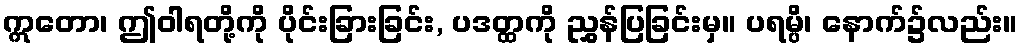
ဣတော၊ ဤဝါရတို့ကို ပိုင်းခြားခြင်း, ပဒတ္ထကို ညွှန်ပြခြင်းမှ။ ပရမ္ပိ၊ နောက်၌လည်း။